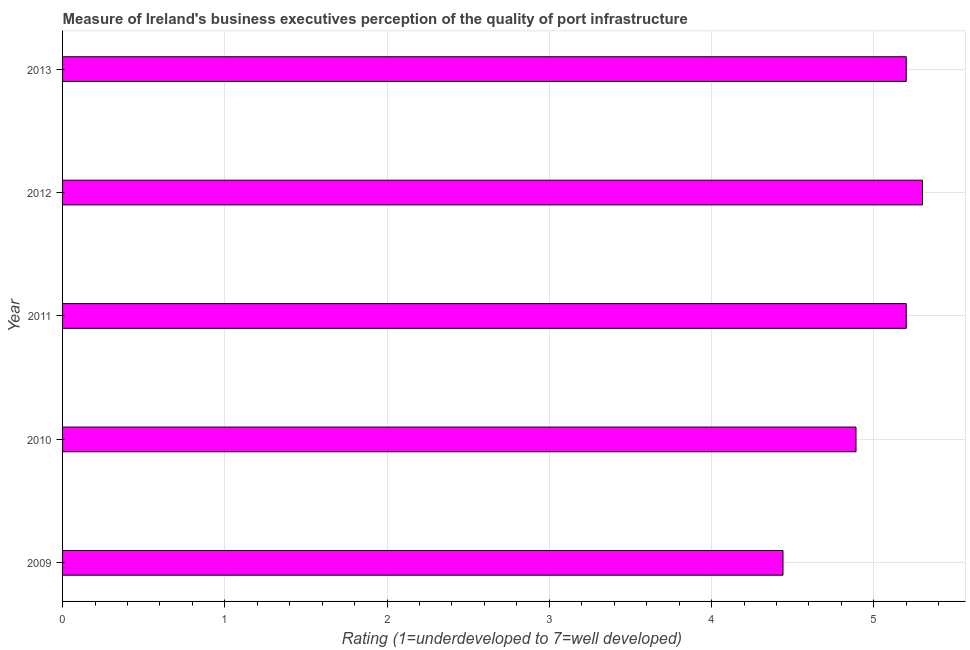
| Year | Quality of port infrastructure |
 | --- | --- |
 | 2009 | 4.44 |
 | 2010 | 4.89 |
 | 2011 | 5.2 |
 | 2012 | 5.3 |
 | 2013 | 5.2 |